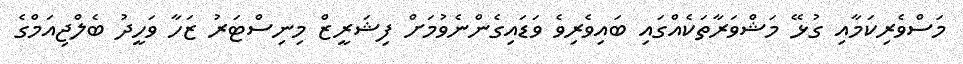
މަސްވެރިކަމާއި ގުޅޭ މަޝްވަރާތަކެއްގައި ބައިވެރިވެ ވަޑައިގެންނެވުމަށް ފިޝަރީޒް މިނިސްޓަރު ޒަހާ ވަހީދު ބެލްޖިއަމްގެ